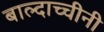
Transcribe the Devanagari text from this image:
बाल्दाच्चीनी